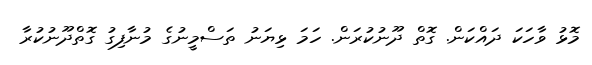
މޮޅު ވާހަކަ ދައްކަން. ގޮތް ދޫނުކުރަން. ހަމަ ޅިޔަނު ތަސްމީނުގެ މުނާފިގު ގޮތްދޫނުކުރާ